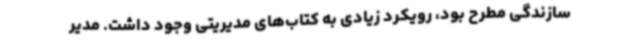
سازندگی مطرح بود، رویکرد زیادی به کتاب‌های مدیریتی وجود داشت. مدیر